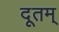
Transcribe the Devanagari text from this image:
दूतम्